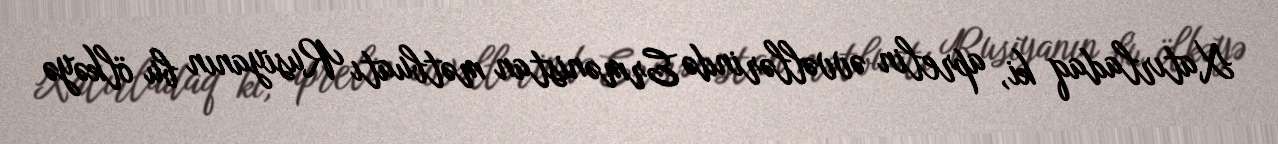
Xatırladaq ki, aprelin əvvəllərində Ermənistan mətbuatı Rusiyanın bu ölkəyə